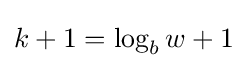
k+1=\log _{b}w+1